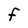
Character: f